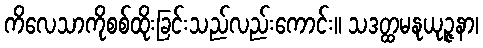
ကိလေသာကိုစစ်ထိုးခြင်းသည်လည်းကောင်း။ သဒတ္ထမနုယုဉ္ဇနာ၊